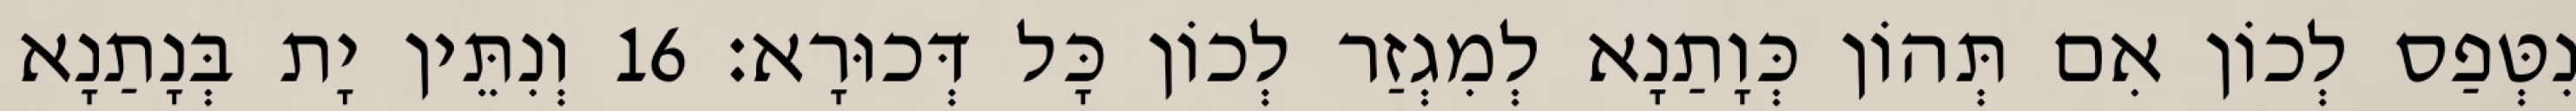
נִטְּפַס לְכוֹן אִם תְּהוֹן כְּוָתַנָא לְמִגְזַר לְכוֹן כָּל דְּכוּרָא׃ 16 וְנִתֵּין יָת בְּנָתַנָא